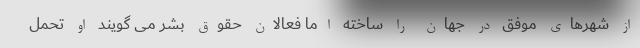
از شهرهای موفق در جهان را ساخته اما فعالان حقوق بشر می گویند او تحمل